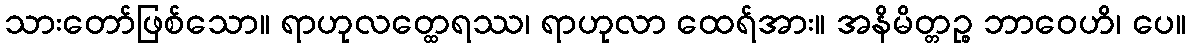
သားတော်ဖြစ်သော။ ရာဟုလတ္ထေရဿ၊ ရာဟုလာ ထေရ်အား။ အနိမိတ္တဉ္စ ဘာဝေဟိ၊ ပေ။